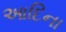
આદિના